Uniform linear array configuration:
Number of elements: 48
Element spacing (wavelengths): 0.5
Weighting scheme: hamming
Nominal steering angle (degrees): -30
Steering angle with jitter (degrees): -28.208
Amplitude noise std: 0.05
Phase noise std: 0.05

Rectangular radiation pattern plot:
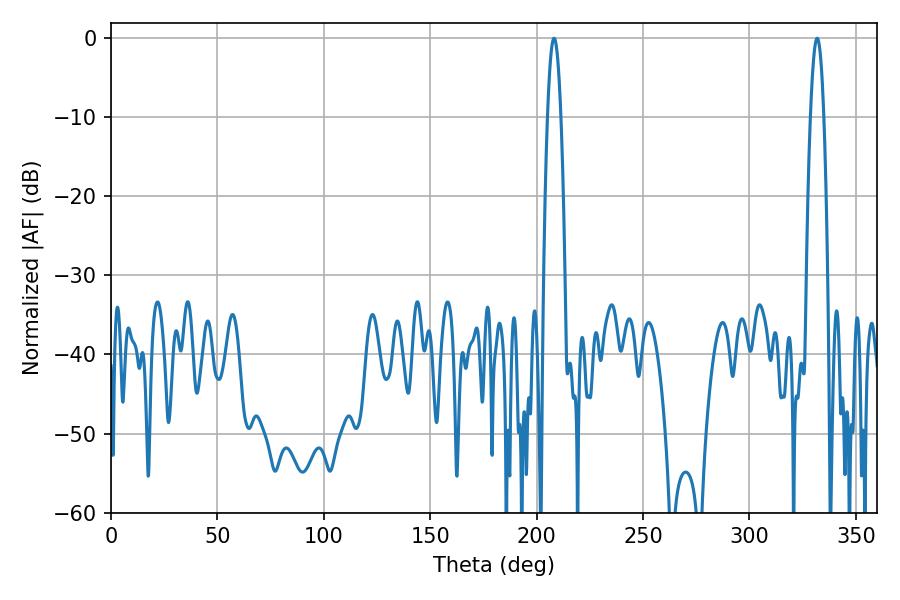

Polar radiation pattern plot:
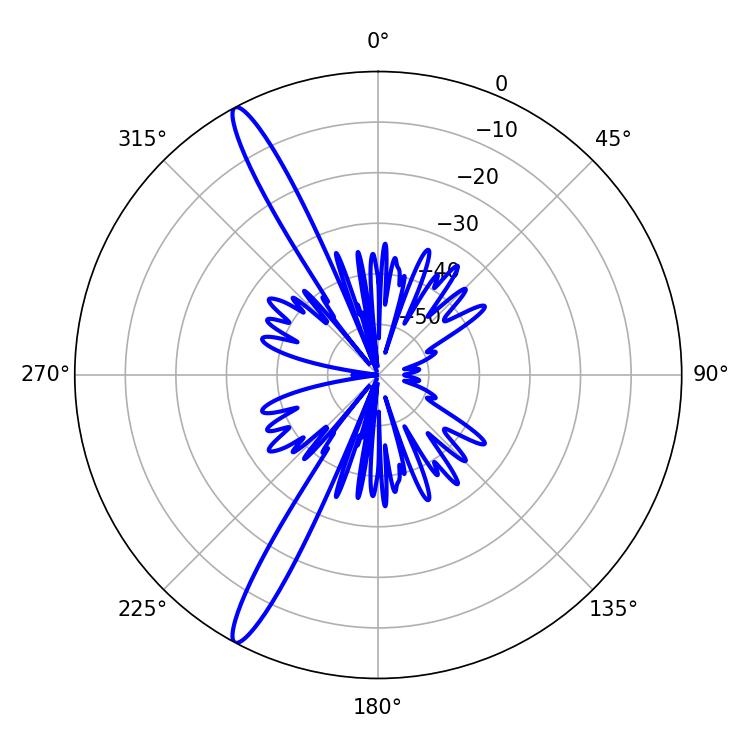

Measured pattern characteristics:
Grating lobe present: FALSE
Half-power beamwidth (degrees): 3.42
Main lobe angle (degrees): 331.74